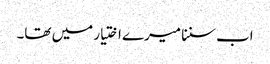
اب سننا میرے اختیار میں تھا۔